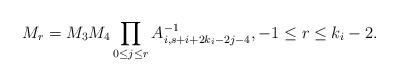
LaTeX: \begin{align*}M_r = M_3 M_4 \prod_{0\leq j\leq r}A^{-1}_{i,s+i+2k_{i}-2j-4}, -1\leq r\leq k_{i}-2.\end{align*}